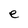
Character: e